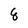
Character: 8